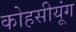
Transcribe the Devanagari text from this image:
कोहसीयूंग